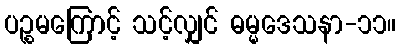
ပဉ္စမကြောင့် သင့်လျှင် ဓမ္မဒေသနာ-၁၁။